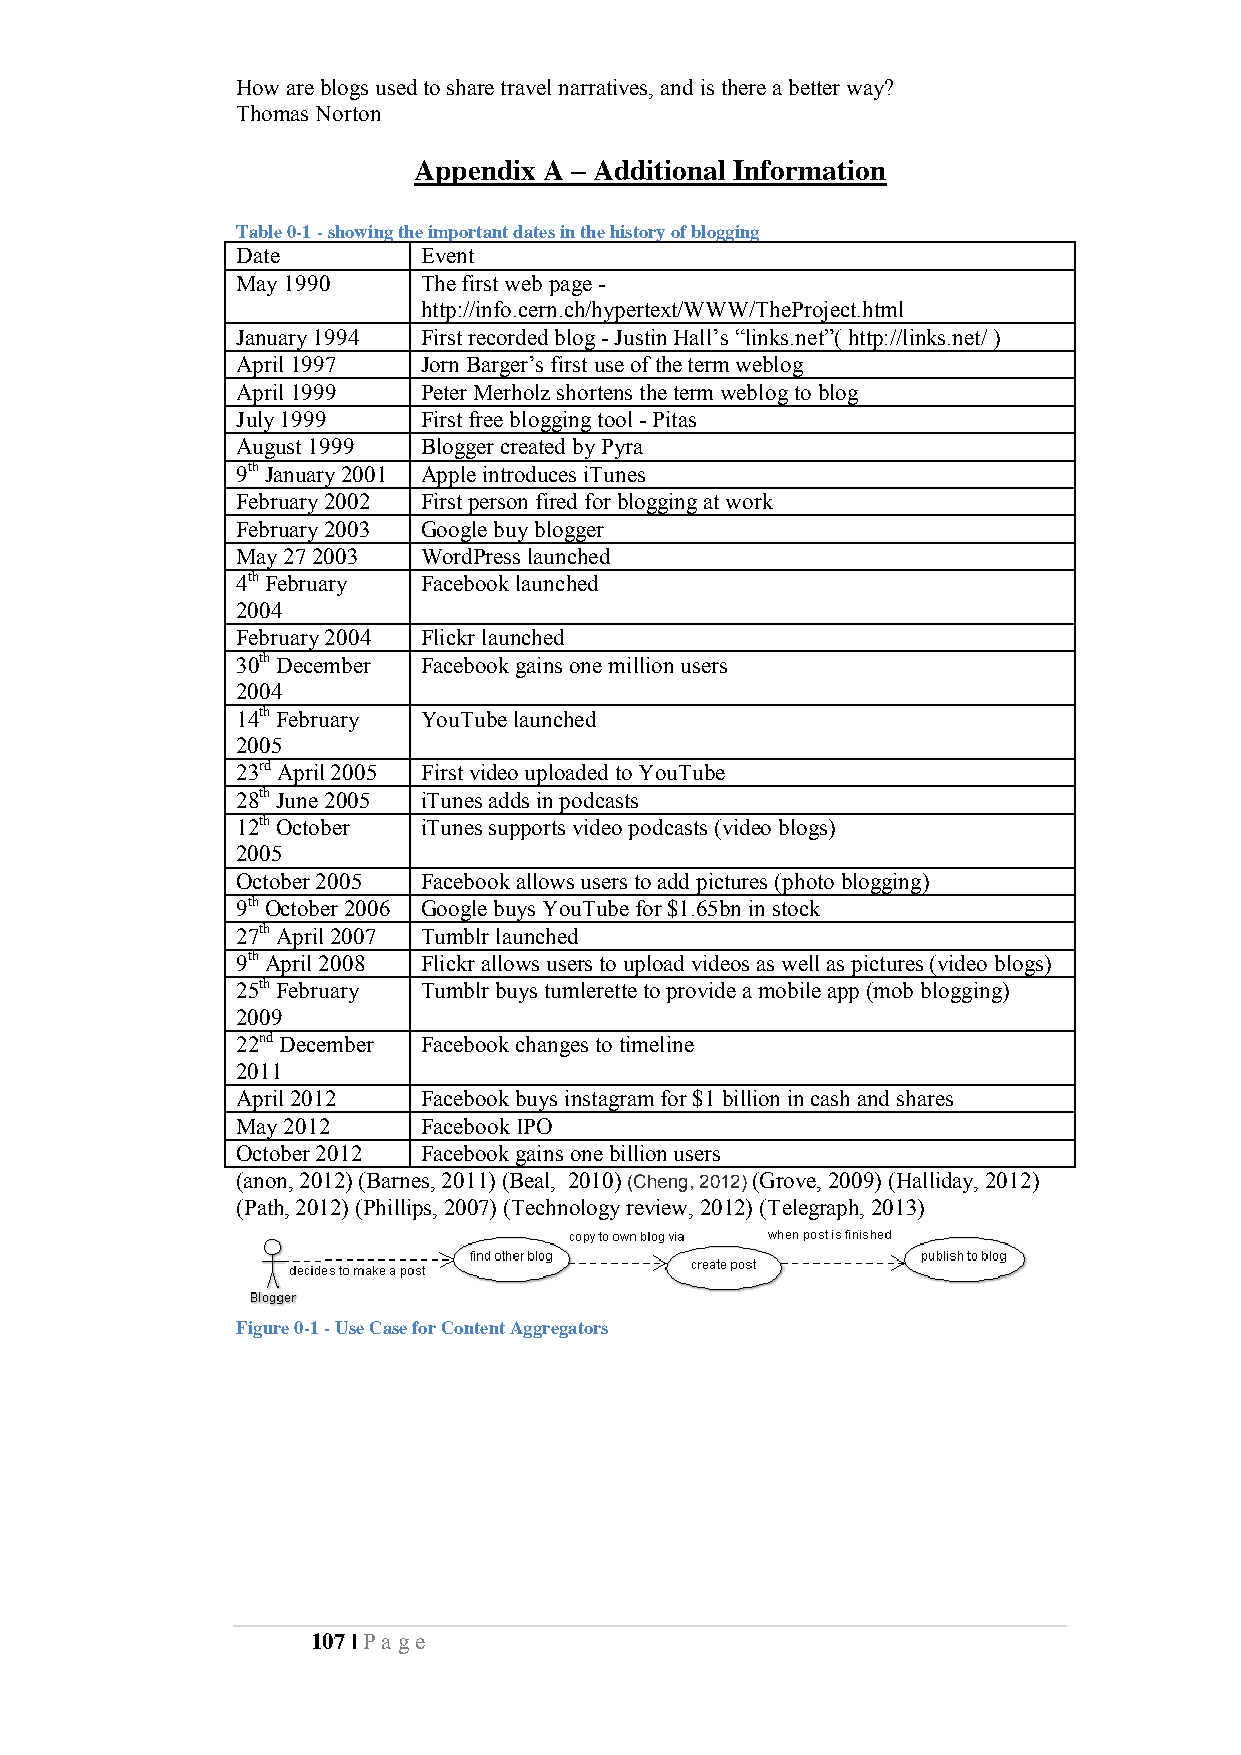
How are blogs used to share travel narratives, and is there a better way?
 Thomas Norton
 Appendix A – Additional Information
 Table 0-1 - showing the important dates in the history of blogging
 Date        Event
 May 1990    The first web page -
 http://info.cern.ch/hypertext/WWW/TheProject.html
 January 1994 First recorded blog - Justin Hall’s “links.net”( http://links.net/ )
 April 1997  Jorn Barger’s first use of the term weblog
 April 1999  Peter Merholz shortens the term weblog to blog
 July 1999   First free blogging tool - Pitas
 August 1999 Blogger created by Pyra
 9th January 2001 Apple introduces iTunes
 February 2002 First person fired for blogging at work
 February 2003 Google buy blogger
 May 27 2003 WordPress launched
 4th February Facebook launched
 2004
 February 2004 Flickr launched
 30th December Facebook gains one million users
 2004
 14th February YouTube launched
 2005
 23rd April 2005 First video uploaded to YouTube
 28th June 2005 iTunes adds in podcasts
 12th October iTunes supports video podcasts (video blogs)
 2005
 October 2005 Facebook allows users to add pictures (photo blogging)
 9th October 2006 Google buys YouTube for $1.65bn in stock
 27th April 2007 Tumblr launched
 9th April 2008 Flickr allows users to upload videos as well as pictures (video blogs)
 25th February Tumblr buys tumlerette to provide a mobile app (mob blogging)
 2009
 22nd December Facebook changes to timeline
 2011
 April 2012  Facebook buys instagram for $1 billion in cash and shares
 May 2012    Facebook IPO
 October 2012 Facebook gains one billion users
 (anon, 2012) (Barnes, 2011) (Beal, 2010) (Cheng, 2012) (Grove, 2009) (Halliday, 2012)
 (Path, 2012) (Phillips, 2007) (Technology review, 2012) (Telegraph, 2013)
 Figure 0-1 - Use Case for Content Aggregators
 107 | Pa ge